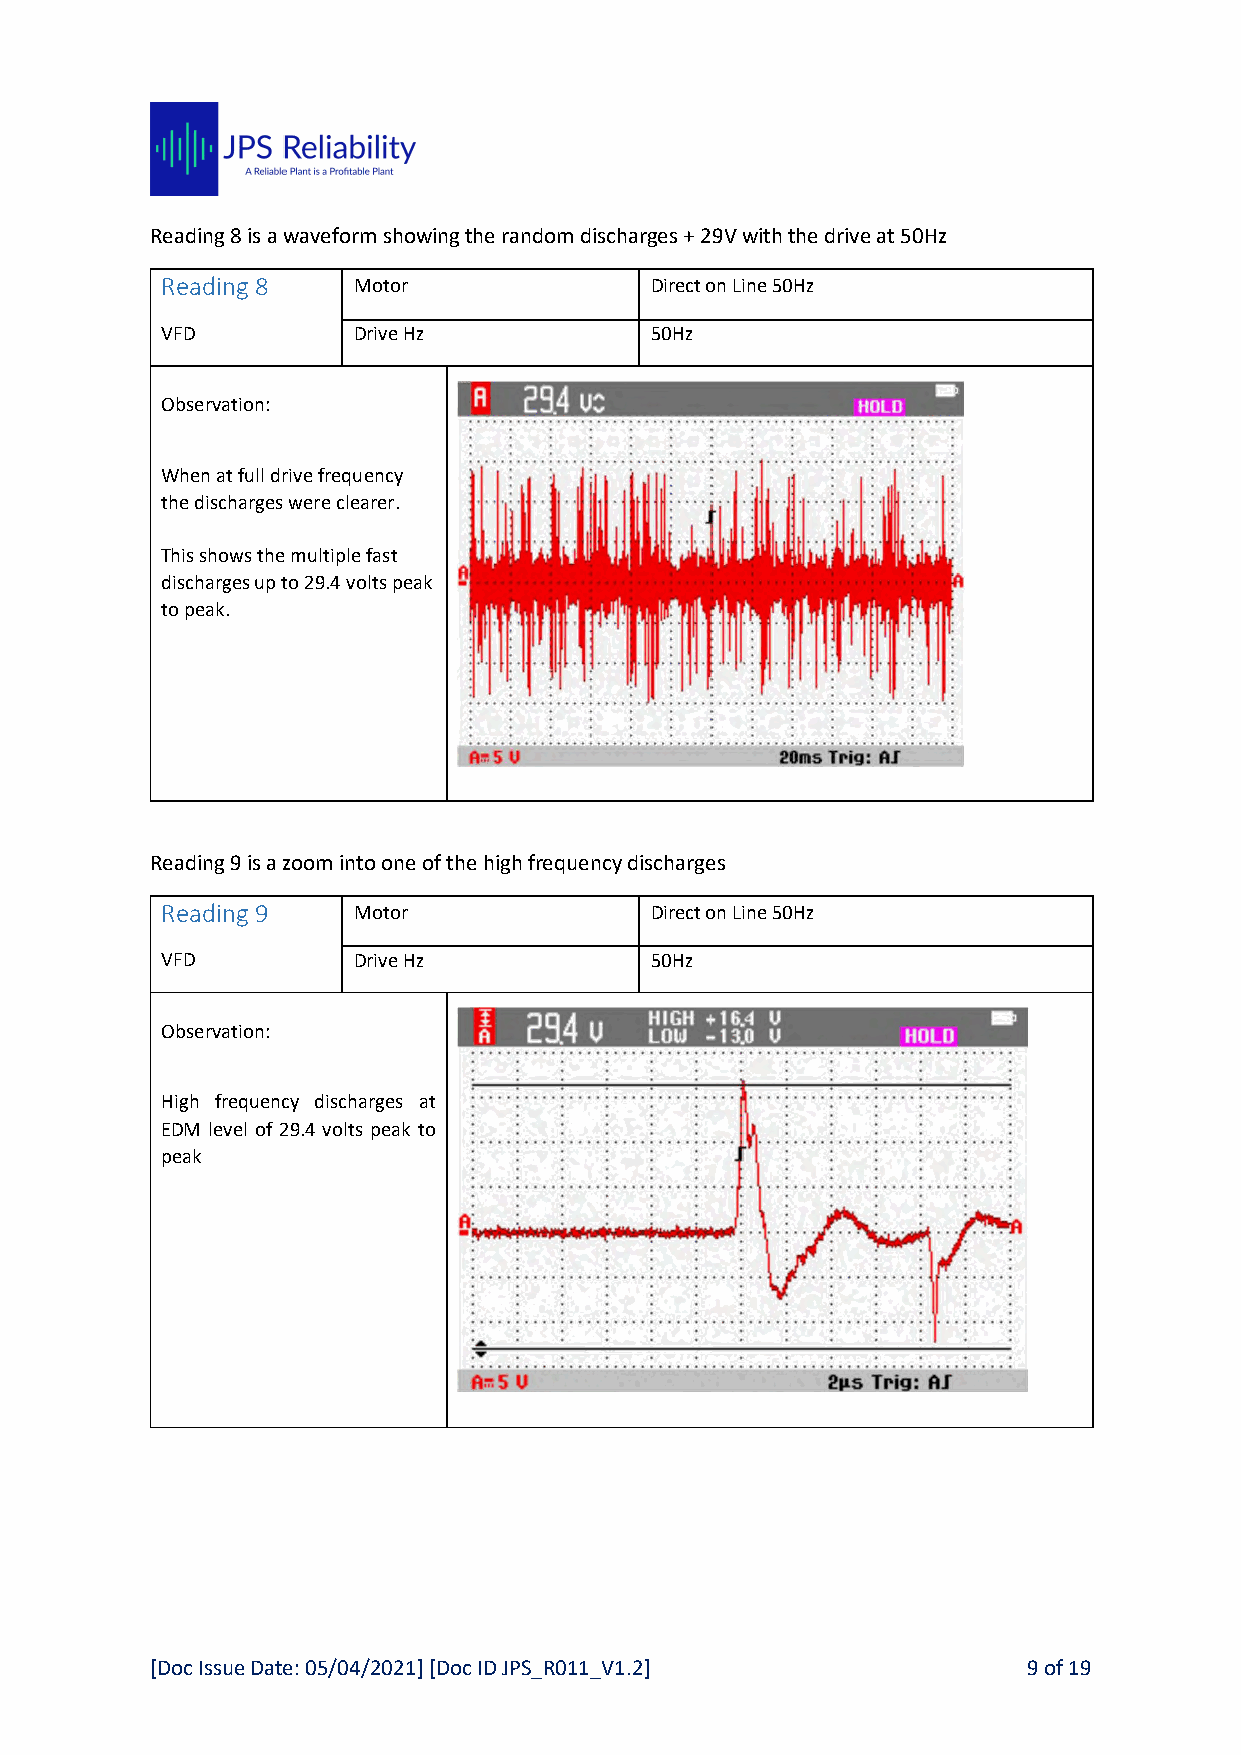
Reading 8 is a waveform showing the random discharges + 29V with the drive at 50Hz
 Reading 8   Motor               Direct on Line 50Hz
 VFD         Drive Hz            50Hz
 Observation:
 When at full drive frequency
 the discharges were clearer.
 This shows the multiple fast
 discharges up to 29.4 volts peak
 to peak.
 Reading 9 is a zoom into one of the high frequency discharges
 Reading 9   Motor               Direct on Line 50Hz
 VFD         Drive Hz            50Hz
 Observation:
 High frequency discharges at
 EDM level of 29.4 volts peak to
 peak
 [Doc Issue Date: 05/04/2021] [Doc ID JPS_R011_V1.2]       9 of 19